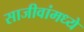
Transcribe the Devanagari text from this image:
साजीवांमध्ये